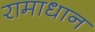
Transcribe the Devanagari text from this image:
रामाधान